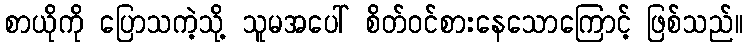
စာယိုကို ပြောသကဲ့သို့ သူမအပေါ် စိတ်ဝင်စားနေသောကြောင့် ဖြစ်သည်။